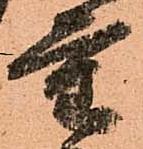
重